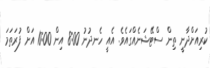
ކުރިއަށްދާނީ ތިން ސްޓޭޝަނެއްގައެވެ. އެއީ ހެނދުނު 8:00 އިން 10:00 އަށް ފުރަތަމަ